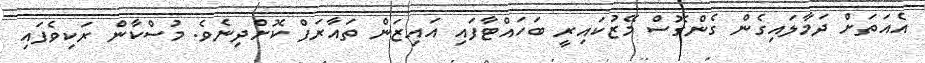
އެއަތަށް ދަމާލައިގެން ގެންގޮސް މޭޒުކައިރީ ބަހައްޓާފައި އައިޒަން ތައާރަފް ކޮށްދިނެވެ. މުސްކާން ރަކިވެފައި